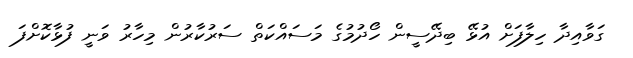
ގަވާއިދާ ހިލާފަށް އުޅޭ ބިދޭސީން ހޯދުމުގެ މަސައްކަތް ސަރުކާރުން މިހާރު ވަނީ ފުޅާކޮށްފަ